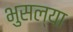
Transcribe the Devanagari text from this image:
भुसल्या